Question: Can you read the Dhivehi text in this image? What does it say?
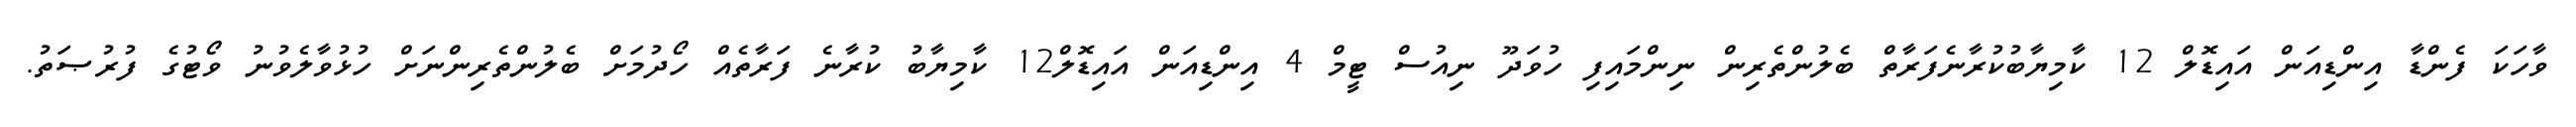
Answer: ވާހަކަ ފެންޑާ އިންޑިއަން އައިޑޮލް 12 ކާމިޔާބުކުރާނެފަރާތް ބެލުންތެރިން ނިންމައިފި ހުވަދޫ ނިއުސް ޓީމް 4 އިންޑިއަން އައިޑޮލް12 ކާމިޔާބު ކުރާނެ ފަރާތެއް ހޯދުމަށް ބެލުންތެރިންނަށް ހުޅުވާލެވުނު ވޯޓުގެ ފުރުޞަތު.